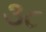
૩૮